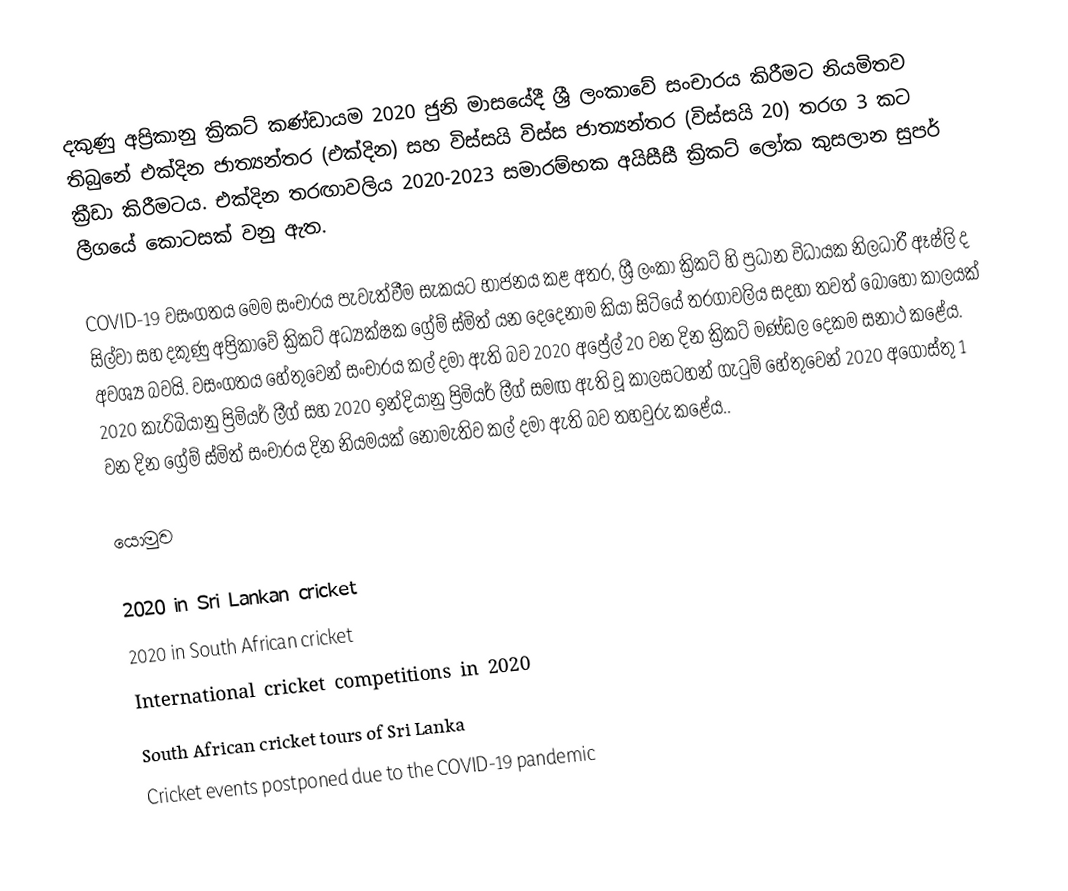
දකුණු අප්‍රිකානු ක්‍රිකට් කණ්ඩායම 2020 ජුනි මාසයේදී ශ්‍රී ලංකාවේ සංචාරය කිරීමට නියමිතව තිබුනේ එක්දින ජාත්‍යන්තර (එක්දින) සහ විස්සයි විස්ස ජාත්‍යන්තර (විස්සයි 20) තරග 3 කට ක්‍රීඩා කිරීමටය. එක්දින තරඟාවලිය 2020-2023 සමාරම්භක අයිසීසී ක්‍රිකට් ලෝක කුසලාන සුපර් ලීගයේ කොටසක් වනු ඇත.

COVID-19 වසංගතය මෙම සංචාරය පැවැත්වීම සැකයට භාජනය කළ අතර, ශ්‍රී ලංකා ක්‍රිකට් හි ප්‍රධාන විධායක නිලධාරී ඈෂ්ලි ද සිල්වා සහ දකුණු අප්‍රිකාවේ ක්‍රිකට් අධ්‍යක්ෂක ග්‍රේම් ස්මිත් යන දෙදෙනාම කියා සිටියේ තරගාවලිය සදහා තවත් බොහෝ කාලයක් අවශ්‍ය බවයි. වසංගතය හේතුවෙන් සංචාරය කල් දමා ඇති බව 2020 අප්‍රේල් 20 වන දින ක්‍රිකට් මණ්ඩල දෙකම සනාථ කළේය. 2020 කැරිබියානු ප්‍රිමියර් ලීග් සහ 2020 ඉන්දියානු ප්‍රිමියර් ලීග් සමඟ ඇති වූ කාලසටහන් ගැටුම් හේතුවෙන් 2020 අගෝස්තු 1 වන දින ග්‍රේම් ස්මිත් සංචාරය දින නියමයක් නොමැතිව කල් දමා ඇති බව තහවුරු කළේය..

යොමුව

2020 in Sri Lankan cricket
2020 in South African cricket
International cricket competitions in 2020
South African cricket tours of Sri Lanka
Cricket events postponed due to the COVID-19 pandemic